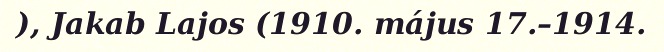
), Jakab Lajos (1910. május 17.–1914.